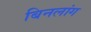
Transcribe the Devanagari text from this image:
बिनलांग